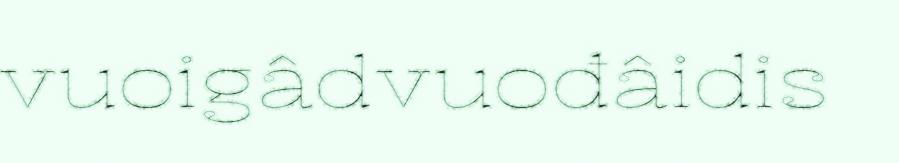
vuoigâdvuođâidis